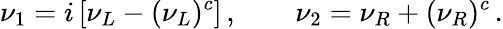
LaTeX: \nu_{1}=i\, [\nu_{L}-(\nu_{L})^{c}]\, ,\qquad\nu_{2}=\nu_{R}+(\nu_{R})^{c}\, .